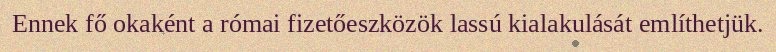
Ennek fő okaként a római fizetőeszközök lassú kialakulását említhetjük.